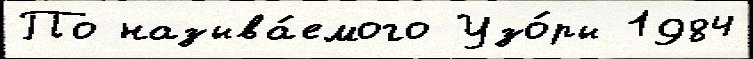
По называ́емого Узо́ры 1984